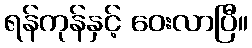
ရန်ကုန်နှင့် ဝေးလာပြီ။